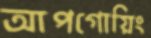
আপগোয়িং